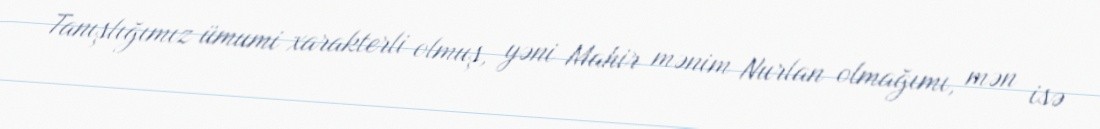
Tanışlığımız ümumi xarakterli olmuş, yəni Mahir mənim Nurlan olmağımı, mən isə